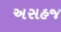
અસહજ